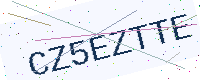
Text: CZ5EZTTE